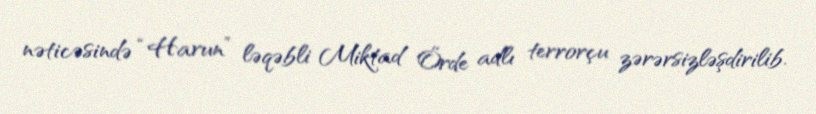
nəticəsində “Harun” ləqəbli Miktad Örde adlı terrorçu zərərsizləşdirilib.